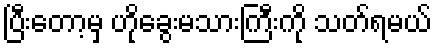
ပြီးတော့မှ ဟိုခွေးမသားကြီးကို သတ်ရမယ်